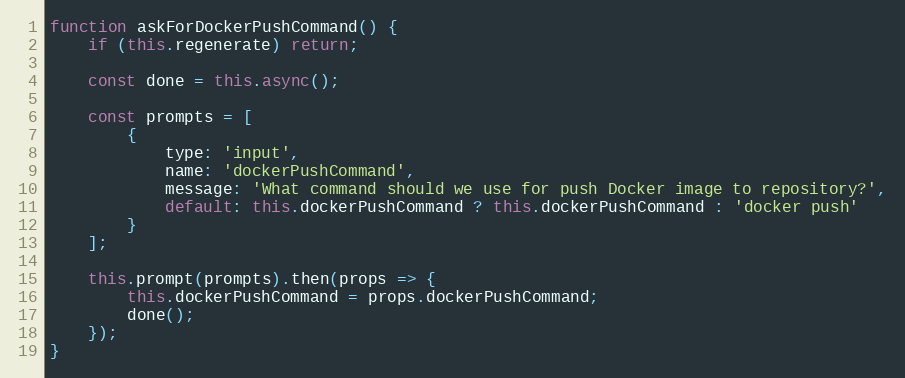
Language: JavaScript
function askForDockerPushCommand() {
    if (this.regenerate) return;

    const done = this.async();

    const prompts = [
        {
            type: 'input',
            name: 'dockerPushCommand',
            message: 'What command should we use for push Docker image to repository?',
            default: this.dockerPushCommand ? this.dockerPushCommand : 'docker push'
        }
    ];

    this.prompt(prompts).then(props => {
        this.dockerPushCommand = props.dockerPushCommand;
        done();
    });
}